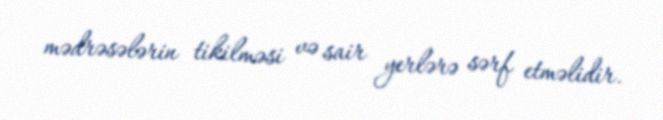
mədrəsələrin tikilməsi və sair yerlərə sərf etməlidir.